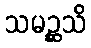
သမဉ္ဆသိ